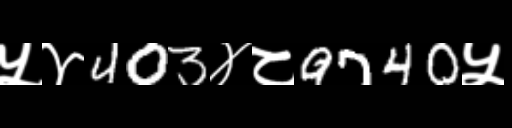
Text: ५४403४८9740५